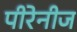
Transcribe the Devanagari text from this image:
पीरेनीज